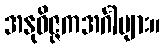
အနုဝိဇ္ဇကအင်္ဂါများ။